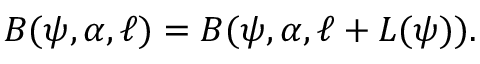
\begin{array} { r } { B ( \psi , \alpha , \ell ) = B ( \psi , \alpha , \ell + L ( \psi ) ) . } \end{array}